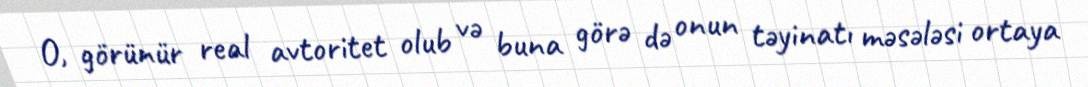
O, görünür real avtoritet olub və buna görə də onun təyinatı məsələsi ortaya